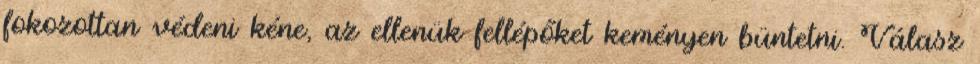
fokozottan védeni kéne, az ellenük fellépőket keményen büntetni. Válasz